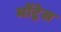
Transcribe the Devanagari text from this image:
मोंट्रेस